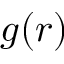
g ( r )